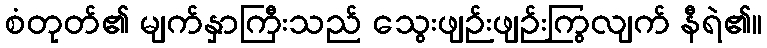
စံတုတ်၏ မျက်နှာကြီးသည် သွေးဖျဉ်းဖျဉ်းကြွလျက် နီရဲ၏။